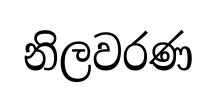
නිලවරණ